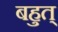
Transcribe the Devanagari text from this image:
बहुत्‌